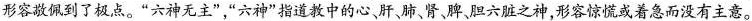
形容敬佩到了极点。”六神无主”，”六神”指道教中的心肝肺、肾、脾胆六脏之神，形容惊慌或着急而没有主意。